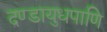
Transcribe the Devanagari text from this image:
दण्डायुधपाणि